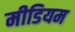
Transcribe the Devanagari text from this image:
मीडियम